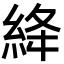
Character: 絳